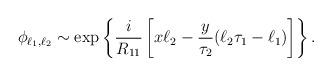
LaTeX: \begin{align*}\phi_{\ell_{1}, \ell_{2}} \sim {\rm exp} \left\{{i\over R_{11}} \left[x \ell_2 -{y\over\tau_2} (\ell_2 \tau_1 - \ell_1)\right]\right\}.\end{align*}